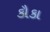
કૌકા